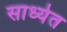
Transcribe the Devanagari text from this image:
साध्येत